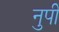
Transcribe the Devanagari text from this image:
नुपी